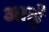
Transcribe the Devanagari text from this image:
आलूँ